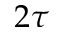
2 \tau